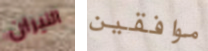
النيران موافقين